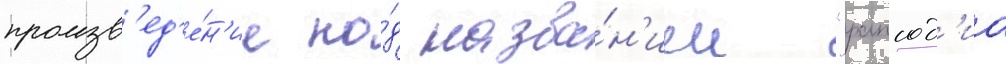
произв'ед'е́н'ие по́д назва́н'ием "рапсод'иа